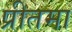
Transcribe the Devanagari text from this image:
प्रीतमा